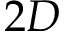
2 D